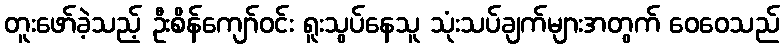
တူးဖော်ခဲ့သည့် ဦးစိန်ကျော်ဝင်း ရူးသွပ်နေသူ သုံးသပ်ချက်များအတွက် ဝေဝေသည်